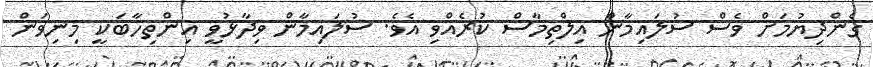
ގެންދިޔުމަށް ވެސް ސުލައިމާން އިލްތިމާސް ކުރެއްވި އެވެ. ސުލައިމާން ވިދާޅުވީ އިންތިހާބަކީ މިނިވަން